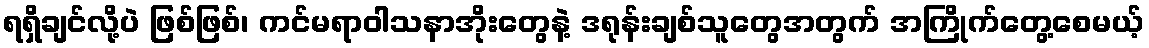
ရရှိချင်လို့ပဲ ဖြစ်ဖြစ်၊ ကင်မရာဝါသနာအိုးတွေနဲ့ ဒရုန်းချစ်သူတွေအတွက် အကြိုက်တွေ့စေမယ့်